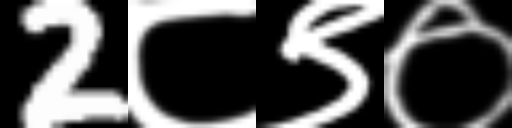
Text: 2८९०